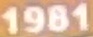
1981